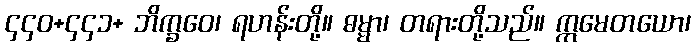
၄၄၀+၄၄၁+ ဘိက္ခဝေ၊ ရဟန်းတို့။ ဓမ္မာ၊ တရားတို့သည်။ ဣမေတယော၊